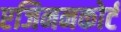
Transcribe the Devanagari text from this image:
एजिननकोर्ट